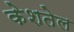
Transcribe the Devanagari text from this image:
केशतेल